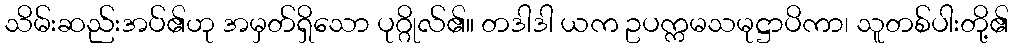
သိမ်းဆည်းအပ်၏ဟု အမှတ်ရှိသော ပုဂ္ဂိုလ်၏။ တဒါဒါ ယက ဥပက္ကမသမုဋ္ဌာပိကာ၊ သူတစ်ပါးတို့၏